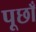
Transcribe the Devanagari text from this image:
पूछाँ